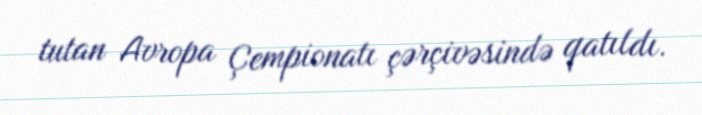
tutan Avropa Çempionatı çərçivəsində qatıldı.